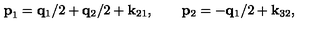
{ \bf p } _ { 1 } = { \bf q } _ { 1 } / 2 + { \bf q } _ { 2 } / 2 + { \bf k } _ { 2 1 } , \qquad { \bf p } _ { 2 } = - { \bf q } _ { 1 } / 2 + { \bf k } _ { 3 2 } ,